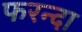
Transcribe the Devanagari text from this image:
फरन्दा